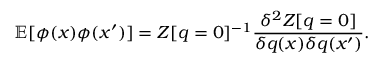
\mathbb { E } [ \phi ( x ) \phi ( x ^ { \prime } ) ] = Z [ q = 0 ] ^ { - 1 } \frac { \delta ^ { 2 } Z [ q = 0 ] } { \delta q ( x ) \delta q ( x ^ { \prime } ) } .